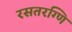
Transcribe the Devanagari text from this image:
रसतरग्णि